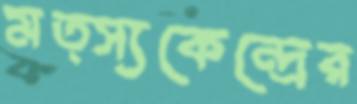
মত্স্যকেন্দ্রের